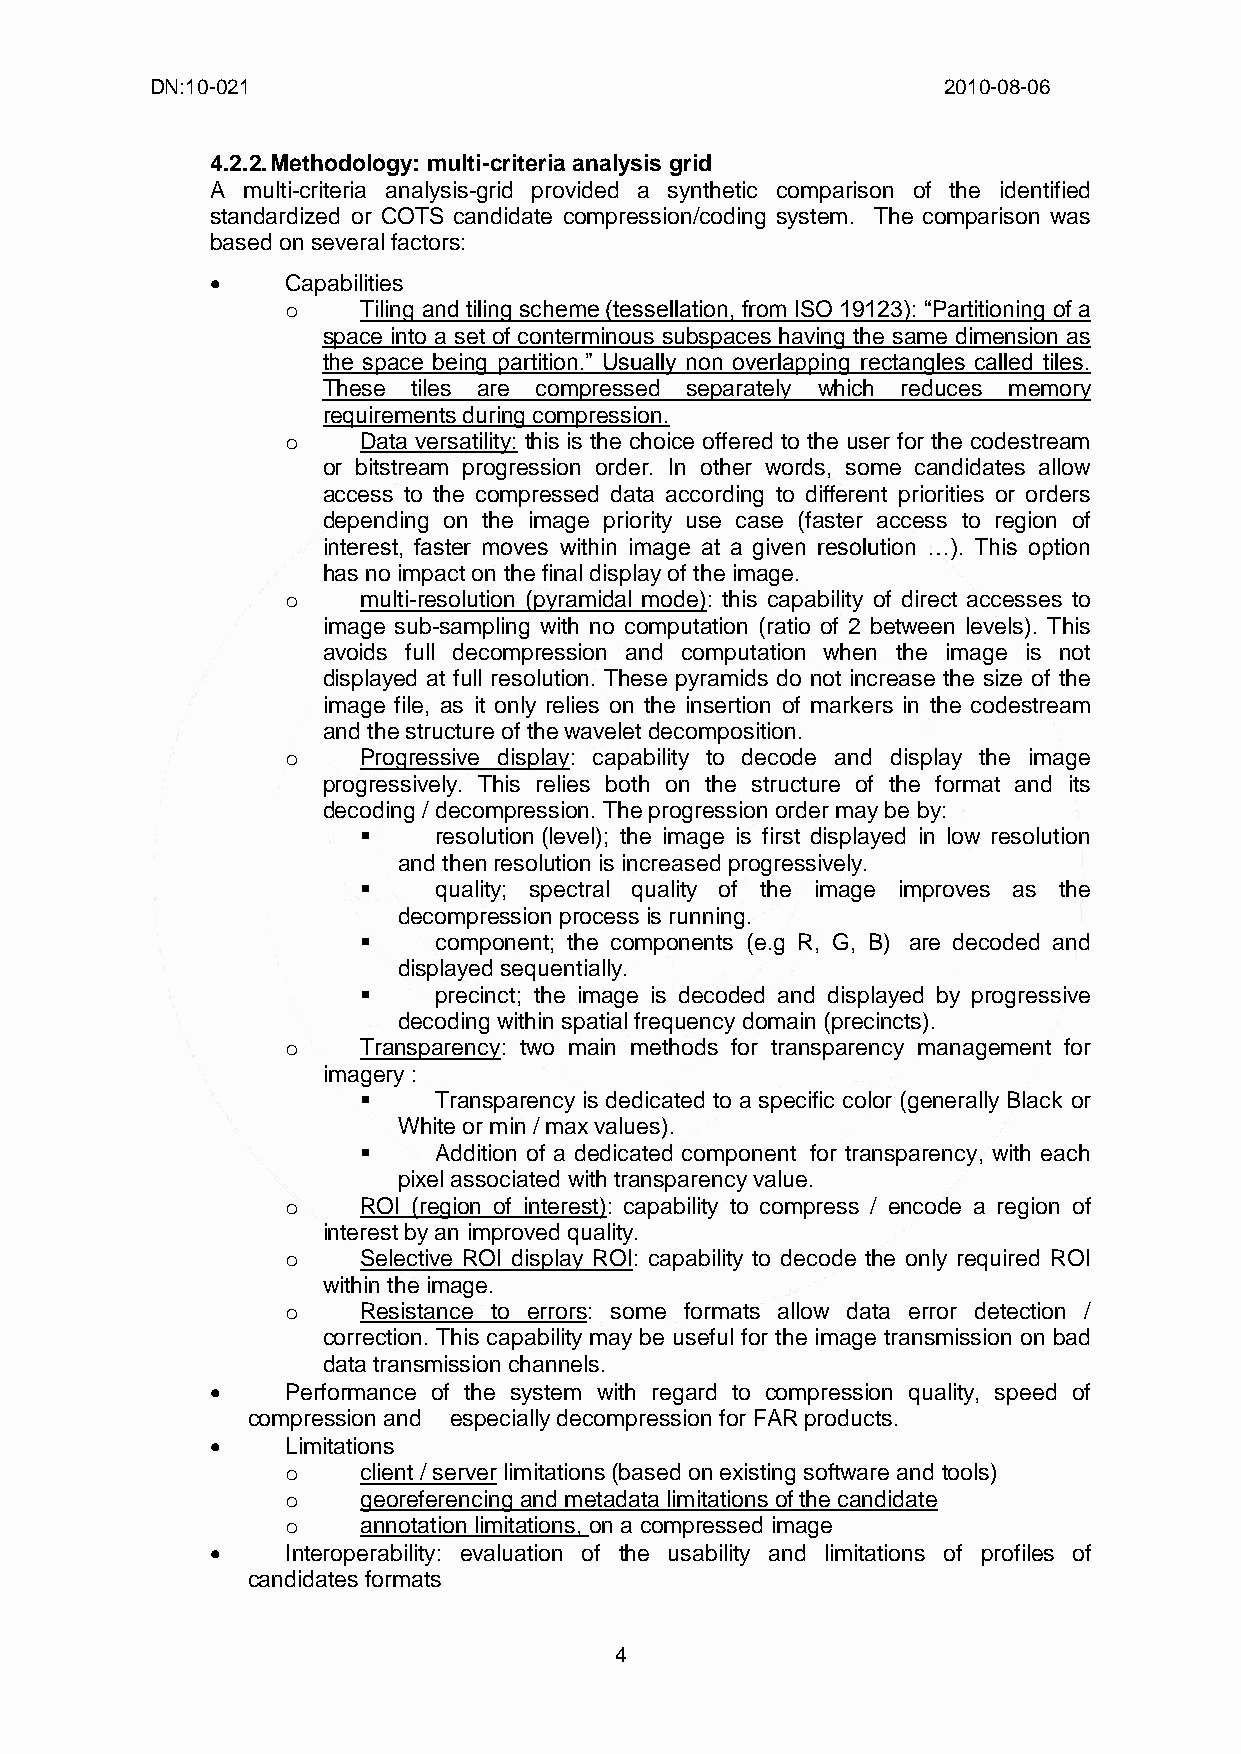
DN:10-021                                           2010-08-06
 4.2.2. Methodology: multi-criteria analysis grid
 A multi-criteria analysis-grid provided a synthetic comparison of the identified
 standardized or COTS candidate compression/coding system. The comparison was
 based on several factors:
     Capabilities
 o    Tiling and tiling scheme (tessellation, from ISO 19123): “Partitioning of a
 space into a set of conterminous subspaces having the same dimension as
 the space being partition.” Usually non overlapping rectangles called tiles.
 These tiles are compressed separately which reduces memory
 requirements during compression.
 o    Data versatility: this is the choice offered to the user for the codestream
 or bitstream progression order. In other words, some candidates allow
 access to the compressed data according to different priorities or orders
 depending on the image priority use case (faster access to region of
 interest, faster moves within image at a given resolution …). This option
 has no impact on the final display of the image.
 o    multi-resolution (pyramidal mode): this capability of direct accesses to
 image sub-sampling with no computation (ratio of 2 between levels). This
 avoids full decompression and computation when the image is not
 displayed at full resolution. These pyramids do not increase the size of the
 image file, as it only relies on the insertion of markers in the codestream
 and the structure of the wavelet decomposition.
 o    Progressive display: capability to decode and display the image
 progressively. This relies both on the structure of the format and its
 decoding / decompression. The progression order may be by:
     resolution (level); the image is first displayed in low resolution
 and then resolution is increased progressively.
     quality; spectral quality of the image improves as the
 decompression process is running.
     component; the components (e.g R, G, B) are decoded and
 displayed sequentially.
     precinct; the image is decoded and displayed by progressive
 decoding within spatial frequency domain (precincts).
 o    Transparency: two main methods for transparency management for
 imagery :
     Transparency is dedicated to a specific color (generally Black or
 White or min / max values).
     Addition of a dedicated component for transparency, with each
 pixel associated with transparency value.
 o    ROI (region of interest): capability to compress / encode a region of
 interest by an improved quality.
 o    Selective ROI display ROI: capability to decode the only required ROI
 within the image.
 o    Resistance to errors: some formats allow data error detection /
 correction. This capability may be useful for the image transmission on bad
 data transmission channels.
     Performance of the system with regard to compression quality, speed of
 compression and especially decompression for FAR products.
     Limitations
 o    client / server limitations (based on existing software and tools)
 o    georeferencing and metadata limitations of the candidate
 o    annotation limitations, on a compressed image
     Interoperability: evaluation of the usability and limitations of profiles of
 candidates formats
 4